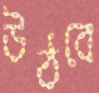
উঠবে